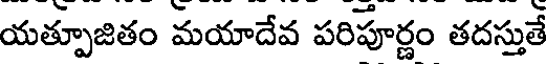
యత్పూజితం మయాదేవ పరిపూర్ణం తదస్తుతే